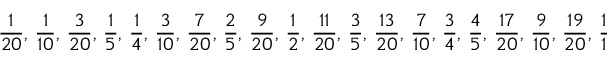
{ \frac { 1 } { 2 0 } } , \, { \frac { 1 } { 1 0 } } , \, { \frac { 3 } { 2 0 } } , \, { \frac { 1 } { 5 } } , \, { \frac { 1 } { 4 } } , \, { \frac { 3 } { 1 0 } } , \, { \frac { 7 } { 2 0 } } , \, { \frac { 2 } { 5 } } , \, { \frac { 9 } { 2 0 } } , \, { \frac { 1 } { 2 } } , \, { \frac { 1 1 } { 2 0 } } , \, { \frac { 3 } { 5 } } , \, { \frac { 1 3 } { 2 0 } } , \, { \frac { 7 } { 1 0 } } , \, { \frac { 3 } { 4 } } , \, { \frac { 4 } { 5 } } , \, { \frac { 1 7 } { 2 0 } } , \, { \frac { 9 } { 1 0 } } , \, { \frac { 1 9 } { 2 0 } } , \, { \frac { 1 } { 1 } }